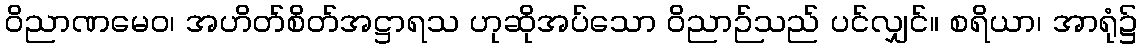
ဝိညာဏမေဝ၊ အဟိတ်စိတ်အဋ္ဌာရသ ဟုဆိုအပ်သော ဝိညာဉ်သည် ပင်လျှင်။ စရိယာ၊ အာရုံ၌